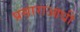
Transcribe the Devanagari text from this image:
प्रसाराआधी